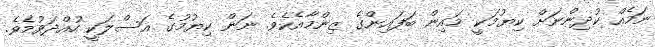
ނަމެއް ކުދިންނަށް ކިޔުމަކީ މައިން ބަފައިންގެ ޒިންމާއެކެވެ. ނަން ކިޔުމުގެ އަސްލަކީ ހުއްދަވުމެވެ.